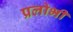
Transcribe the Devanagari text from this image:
प्रलोभी